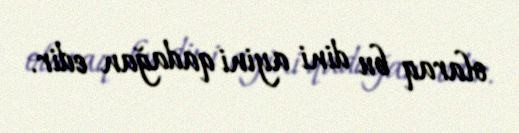
olaraq bu dini ayini qadağan edir.